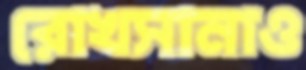
রোখসানাও